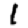
Digit: 1